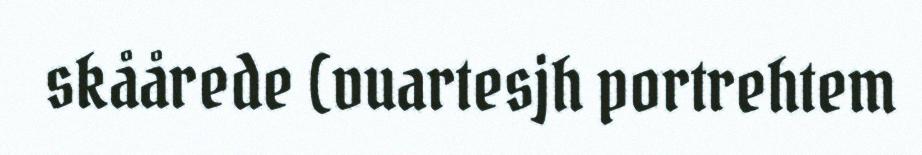
skåårede (vuartesjh portrehtem